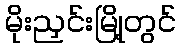
မိုးညှင်းမြို့တွင်